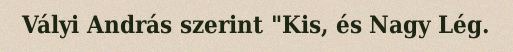
Vályi András szerint "Kis, és Nagy Lég.